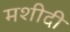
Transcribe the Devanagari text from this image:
मशीदी